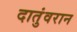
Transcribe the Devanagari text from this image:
दातुंवरान